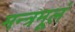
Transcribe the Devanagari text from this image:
मन्त्रमूलं